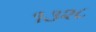
૧૩૨૮